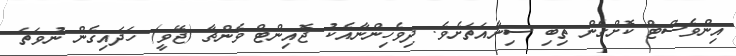
އިންވެސްޓް ކޮށްގެން ތިބި ސިނާއަތަށެވެ. ދިވެހިންނާއެކު ޖޮއިންޓް ވެންޗާ (ޖޭވީ) ހަދައިގެން ނުވަތަ